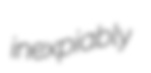
inexpiably